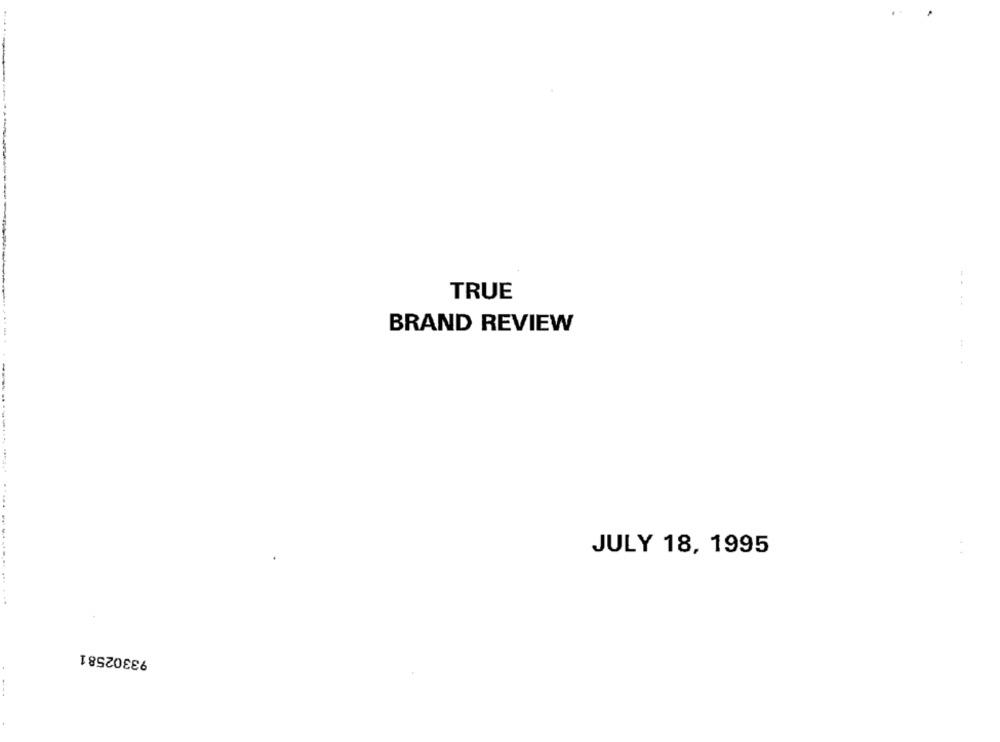
TRUE
BRAND REVIEW
--------
JULY 18, 1995
93302581